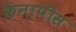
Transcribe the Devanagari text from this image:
कैनापीस